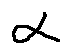
\alpha